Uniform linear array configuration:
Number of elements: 12
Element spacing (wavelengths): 0.25
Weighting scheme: binomial
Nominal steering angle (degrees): -30
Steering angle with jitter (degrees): -31.126
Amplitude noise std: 0.05
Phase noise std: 0.05

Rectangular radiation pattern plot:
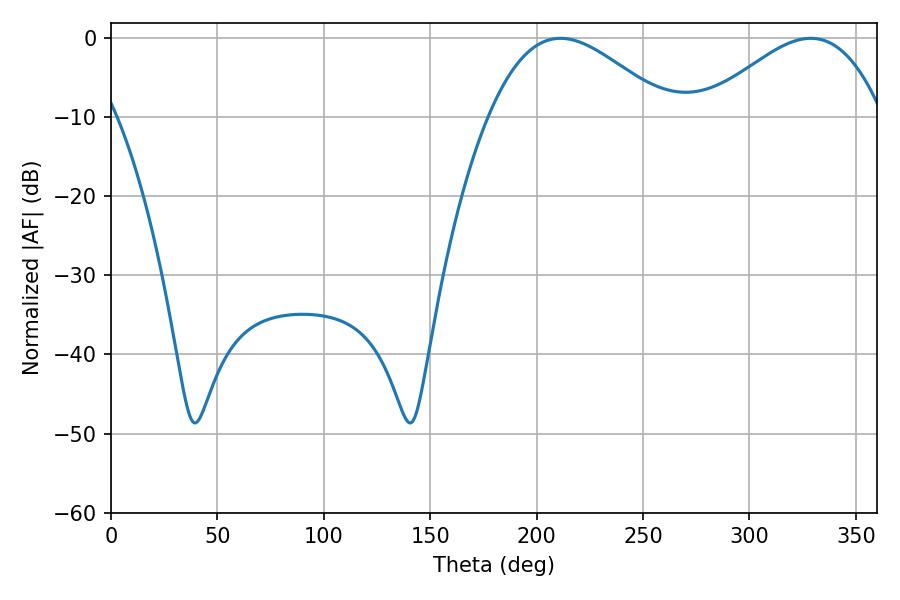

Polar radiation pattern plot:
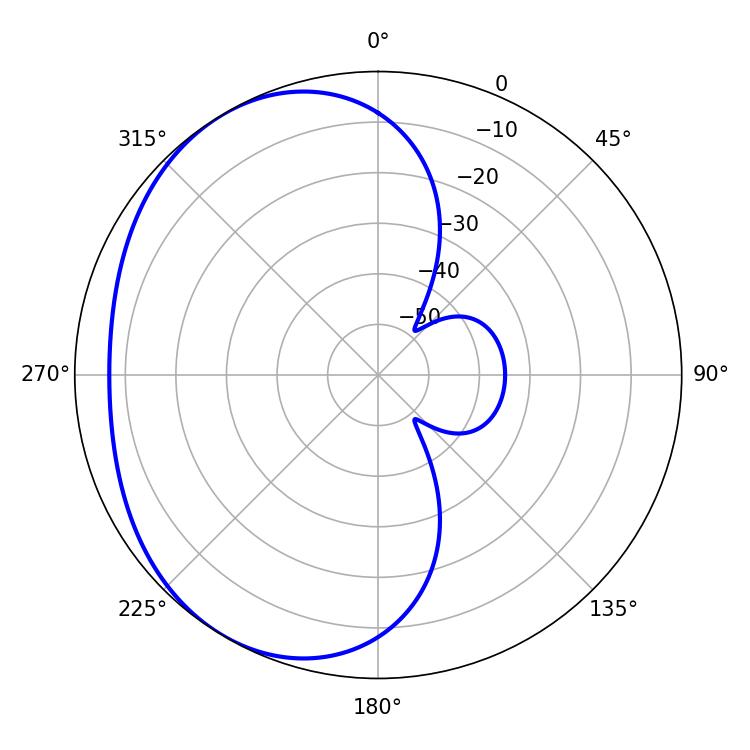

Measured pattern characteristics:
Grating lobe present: FALSE
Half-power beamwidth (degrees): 45.18
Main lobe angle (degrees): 211.14